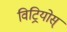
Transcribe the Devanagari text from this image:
विट्रियोस्